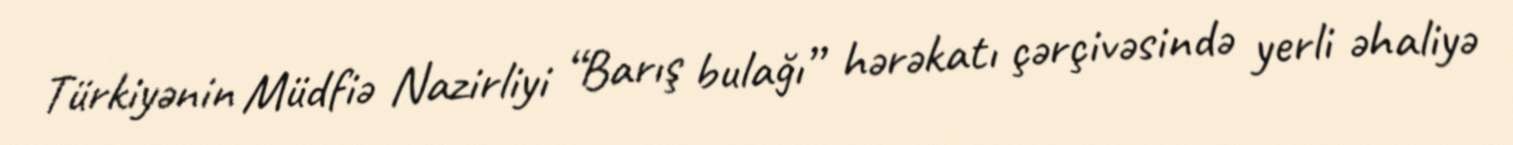
Türkiyənin Müdfiə Nazirliyi “Barış bulağı” hərəkatı çərçivəsində yerli əhaliyə